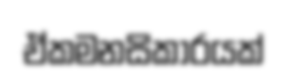
ඒකමනසිකාරයක්